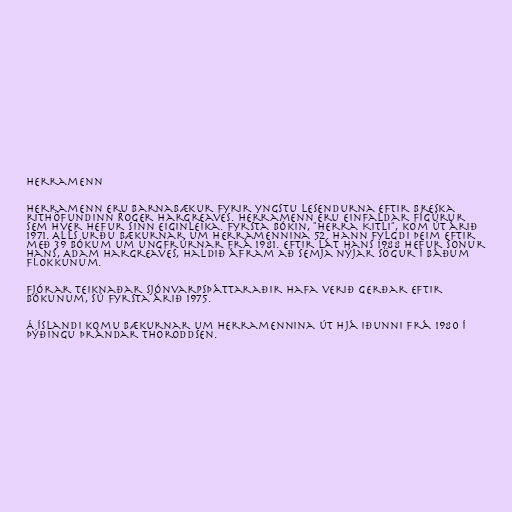
Herramenn

Herramenn eru barnabækur fyrir yngstu lesendurna eftir breska
rithöfundinn Roger Hargreaves. Herramenn eru einfaldar fígúrur
sem hver hefur sinn eiginleika. Fyrsta bókin, "Herra Kitli", kom út árið
1971. Alls urðu bækurnar um herramennina 52. Hann fylgdi þeim eftir
með 39 bókum um ungfrúrnar frá 1981. Eftir lát hans 1988 hefur sonur
hans, Adam Hargreaves, haldið áfram að semja nýjar sögur í báðum
flokkunum.

Fjórar teiknaðar sjónvarpsþáttaraðir hafa verið gerðar eftir
bókunum, sú fyrsta árið 1975.

Á Íslandi komu bækurnar um herramennina út hjá Iðunni frá 1980 í
þýðingu Þrándar Thoroddsen.